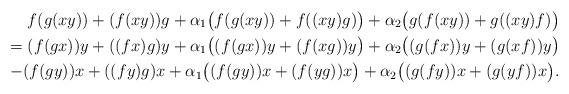
LaTeX: \begin{align*}f(g(xy))+(f(xy))g + \alpha_1 \big(f(g(xy)) + f((xy)g)\big) + \alpha_2 \big(g(f(xy)) + g((xy)f)\big) \\= (f(gx))y+((fx)g)y + \alpha_1 \big((f(gx))y + (f(xg))y\big) + \alpha_2 \big((g(fx))y + (g(xf))y\big) \\- (f(gy))x+((fy)g)x + \alpha_1 \big((f(gy))x + (f(yg))x\big) + \alpha_2 \big((g(fy))x + (g(yf))x\big).\end{align*}